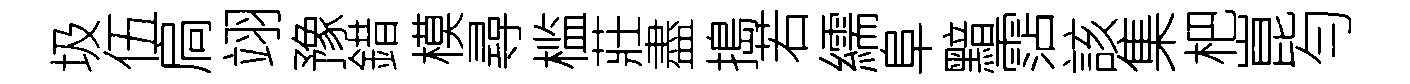
圾伍扃翊豫錯模尋槛莊盡搗若繻阜黯霑該集杷崑勻